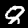
Label: 8